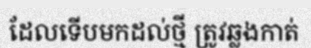
ដែលទើបមកដល់ថ្មី ត្រូវឆ្លងកាត់